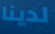
لدينا